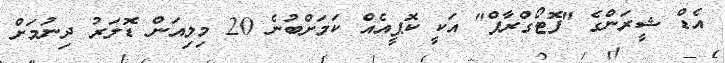
އެޑް ޝީރަންގެ "ފޮޓޯގްރާފް" އަކީ ކޮޕީއެއް ކަމަށްބުނެ 20 މިލިއަން ޑޮލަރު ދިނުމަށް